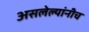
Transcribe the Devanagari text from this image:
असलेल्यांनीच